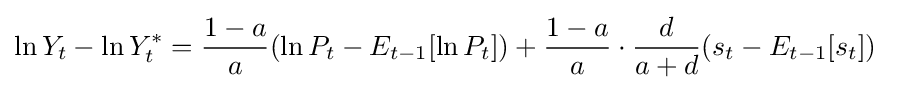
\ln {Y_{t}}-\ln {Y_{t}^{*}}={\frac {1-a}{a}}(\ln {P_{t}}-E_{t-1}[\ln {P_{t}}])+{\frac {1-a}{a}}\cdot {\frac {d}{a+d}}(s_{t}-E_{t-1}[s_{t}])\;